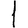
Digit: 1